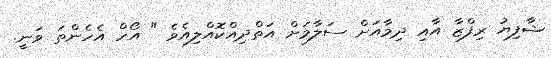
ޝާފިޔު ރިފްޒާ އާއި ދިމާއަށް ސަލާމަށް އަތްދިއްކޮއްލިއެވެ " އޯހް އެހެންތަ ވަނީ.